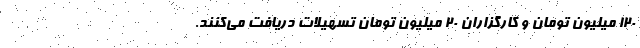
۱۲۰ میلیون تومان و کارگزاران ۲۰ میلیون تومان تسهیلات دریافت می‌کنند.